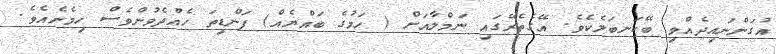
އުގަންނައިދެއްވި ބޭކަނބަލެކެވެ. އޭގެތެރޭގައި ނަމްލާއަށް ( ހަމުގެ ބައްޔެއް) ފަންޑިތަ ހެއްދެވުންވެސް ހިމެނެއެވެ.